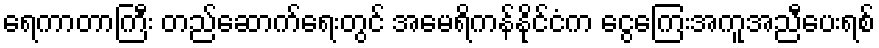
ရေကာတာကြီး တည်ဆောက်ရေးတွင် အမေရိကန်နိုင်ငံက ငွေကြေးအကူအညီပေးရစ်